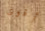
أقوى